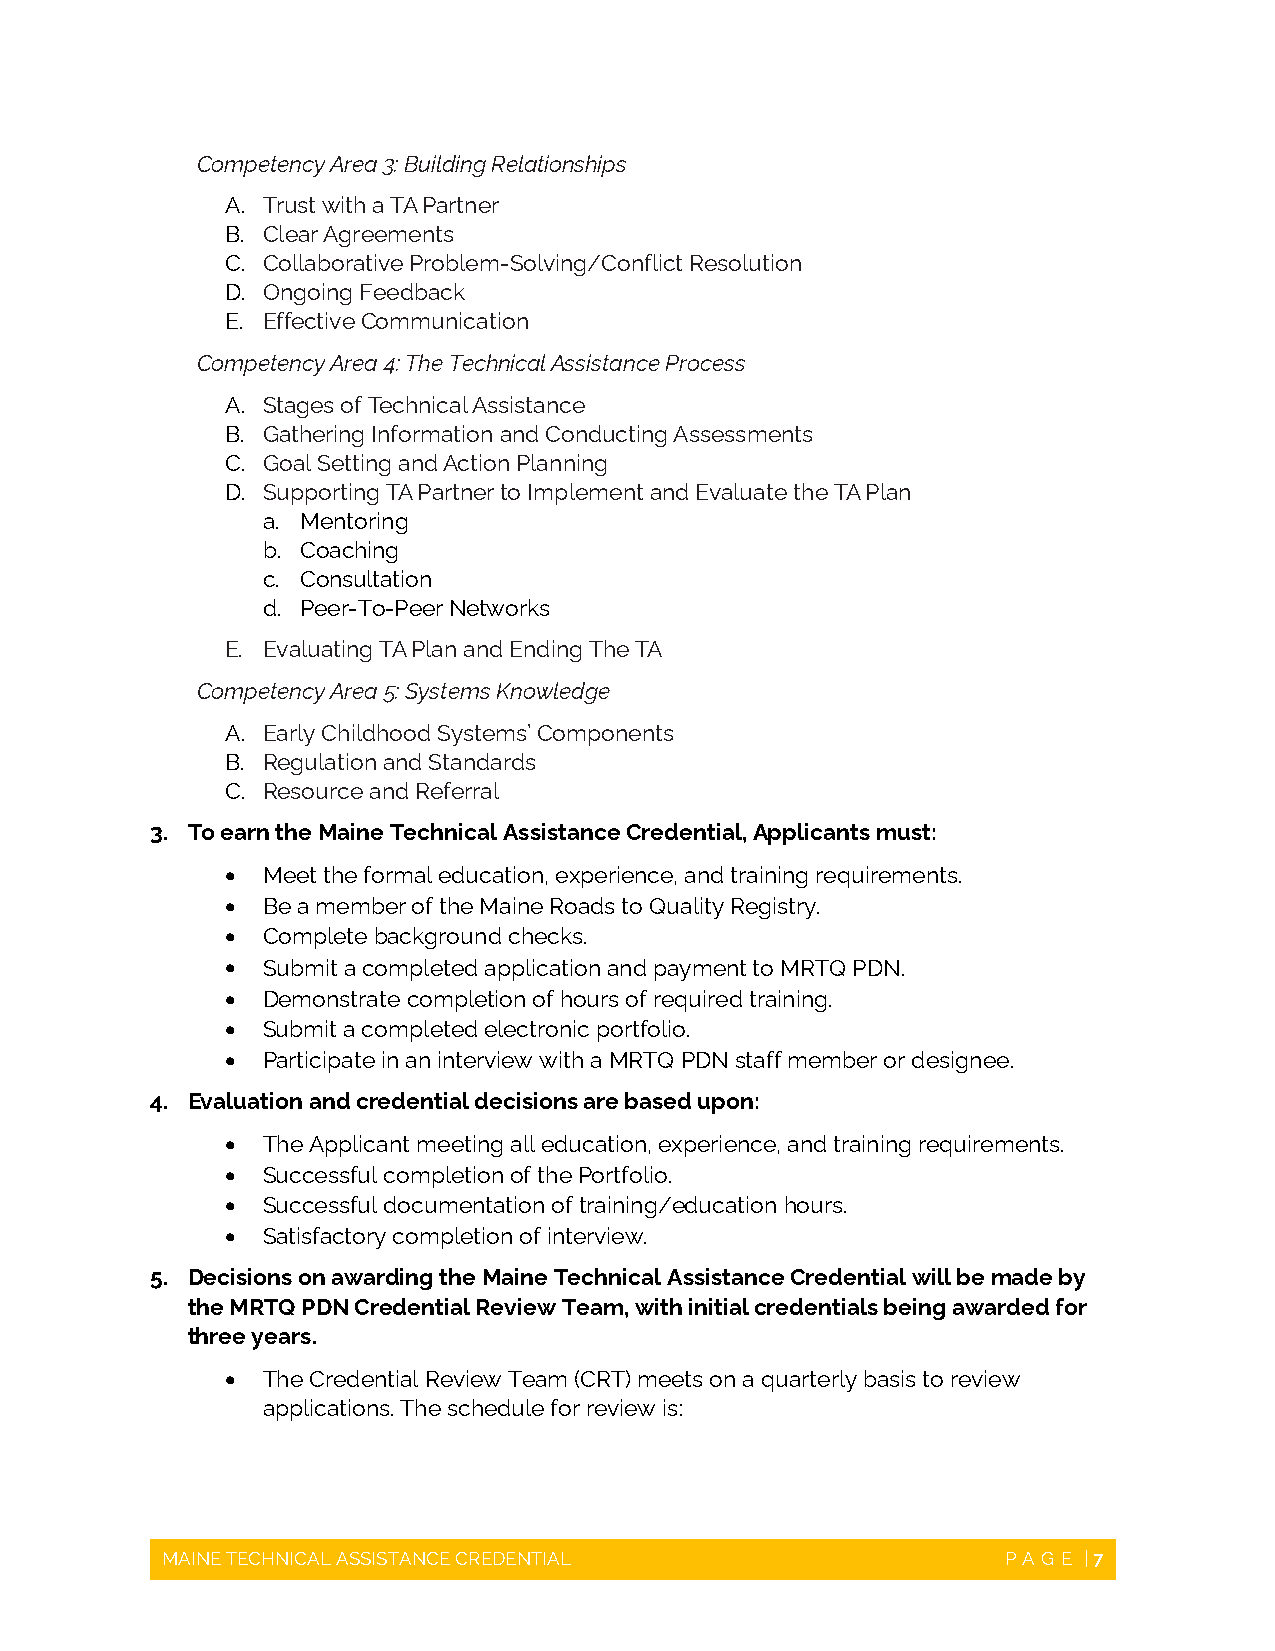
Competency Area 3: Building Relationships
 A. Trust with a TA Partner
 B. Clear Agreements
 C. Collaborative Problem-Solving/Conflict Resolution
 D. Ongoing Feedback
 E. Effective Communication
 Competency Area 4: The Technical Assistance Process
 A. Stages of Technical Assistance
 B. Gathering Information and Conducting Assessments
 C. Goal Setting and Action Planning
 D. Supporting TA Partner to Implement and Evaluate the TA Plan
 a. Mentoring
 b. Coaching
 c. Consultation
 d. Peer-To-Peer Networks
 E. Evaluating TA Plan and Ending The TA
 Competency Area 5: Systems Knowledge
 A. Early Childhood Systems’ Components
 B. Regulation and Standards
 C. Resource and Referral
 3. To earn the Maine Technical Assistance Credential, Applicants must:
  Meet the formal education, experience, and training requirements.
  Be a member of the Maine Roads to Quality Registry.
  Complete background checks.
  Submit a completed application and payment to MRTQ PDN.
  Demonstrate completion of hours of required training.
  Submit a completed electronic portfolio.
  Participate in an interview with a MRTQ PDN staff member or designee.
 4. Evaluation and credential decisions are based upon:
  The Applicant meeting all education, experience, and training requirements.
  Successful completion of the Portfolio.
  Successful documentation of training/education hours.
  Satisfactory completion of interview.
 5. Decisions on awarding the Maine Technical Assistance Credential will be made by
 the MRTQ PDN Credential Review Team, with initial credentials being awarded for
 three years.
  The Credential Review Team (CRT) meets on a quarterly basis to review
 applications. The schedule for review is:
 MAINE TECHNICAL ASSISTANCE CREDENTIAL                   PAGE | 7